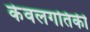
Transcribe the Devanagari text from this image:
केवलगतिकी